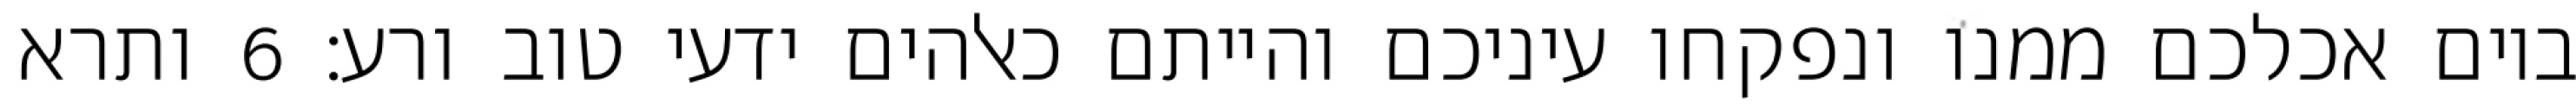
ביום אכלכם ממנו ונפקחו עיניכם והייתם כאלהים ידעי טוב ורע׃ ‎6‏ ותרא